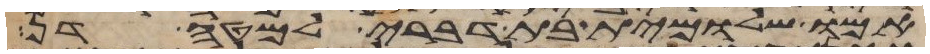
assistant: אמו שלומית בת דברי למטה דן